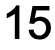
15